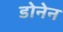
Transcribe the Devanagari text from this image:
डोनेन